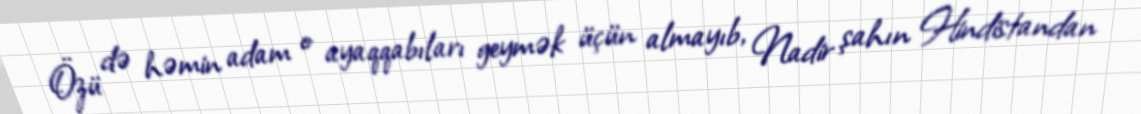
Özü də həmin adam o ayaqqabıları geymək üçün almayıb, Nadir şahın Hindistandan